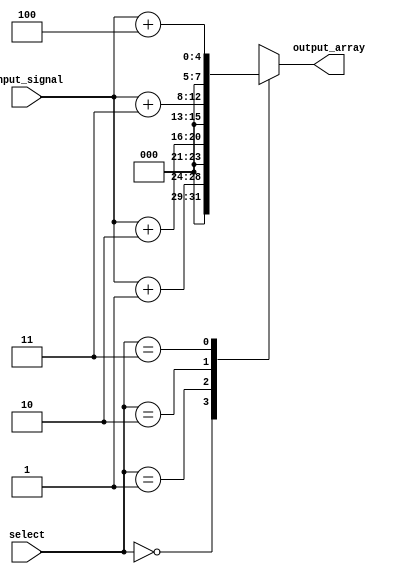
module array_continuous_assignment (
    input wire [3:0] input_signal, // 4-bit input signal
    input wire [1:0] select,        // 2-bit select signal for indexing
    output wire [7:0] output_array   // 8-bit output array
);

    // Array declaration with a fixed size of 4 elements, each 8 bits wide
    reg [7:0] my_array [0:3];

    // Continuous assignment to the array elements
    assign my_array[0] = input_signal + 8'd1; // Assigning value based on input_signal
    assign my_array[1] = input_signal + 8'd2; // Assigning value based on input_signal
    assign my_array[2] = input_signal + 8'd3; // Assigning value based on input_signal
    assign my_array[3] = input_signal + 8'd4; // Assigning value based on input_signal

    // Output assignment based on select signal
    assign output_array = my_array[select]; // Output the selected array element

endmodule